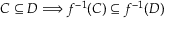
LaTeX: C \subseteq D \Longrightarrow f ^ { - 1 } ( C ) \subseteq f ^ { - 1 } ( D )